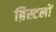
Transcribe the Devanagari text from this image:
ब्रिस्टलों